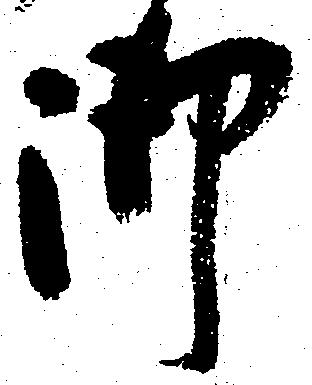
御